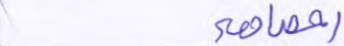
أحصاهم